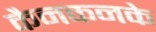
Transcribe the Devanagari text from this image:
कैनकनके